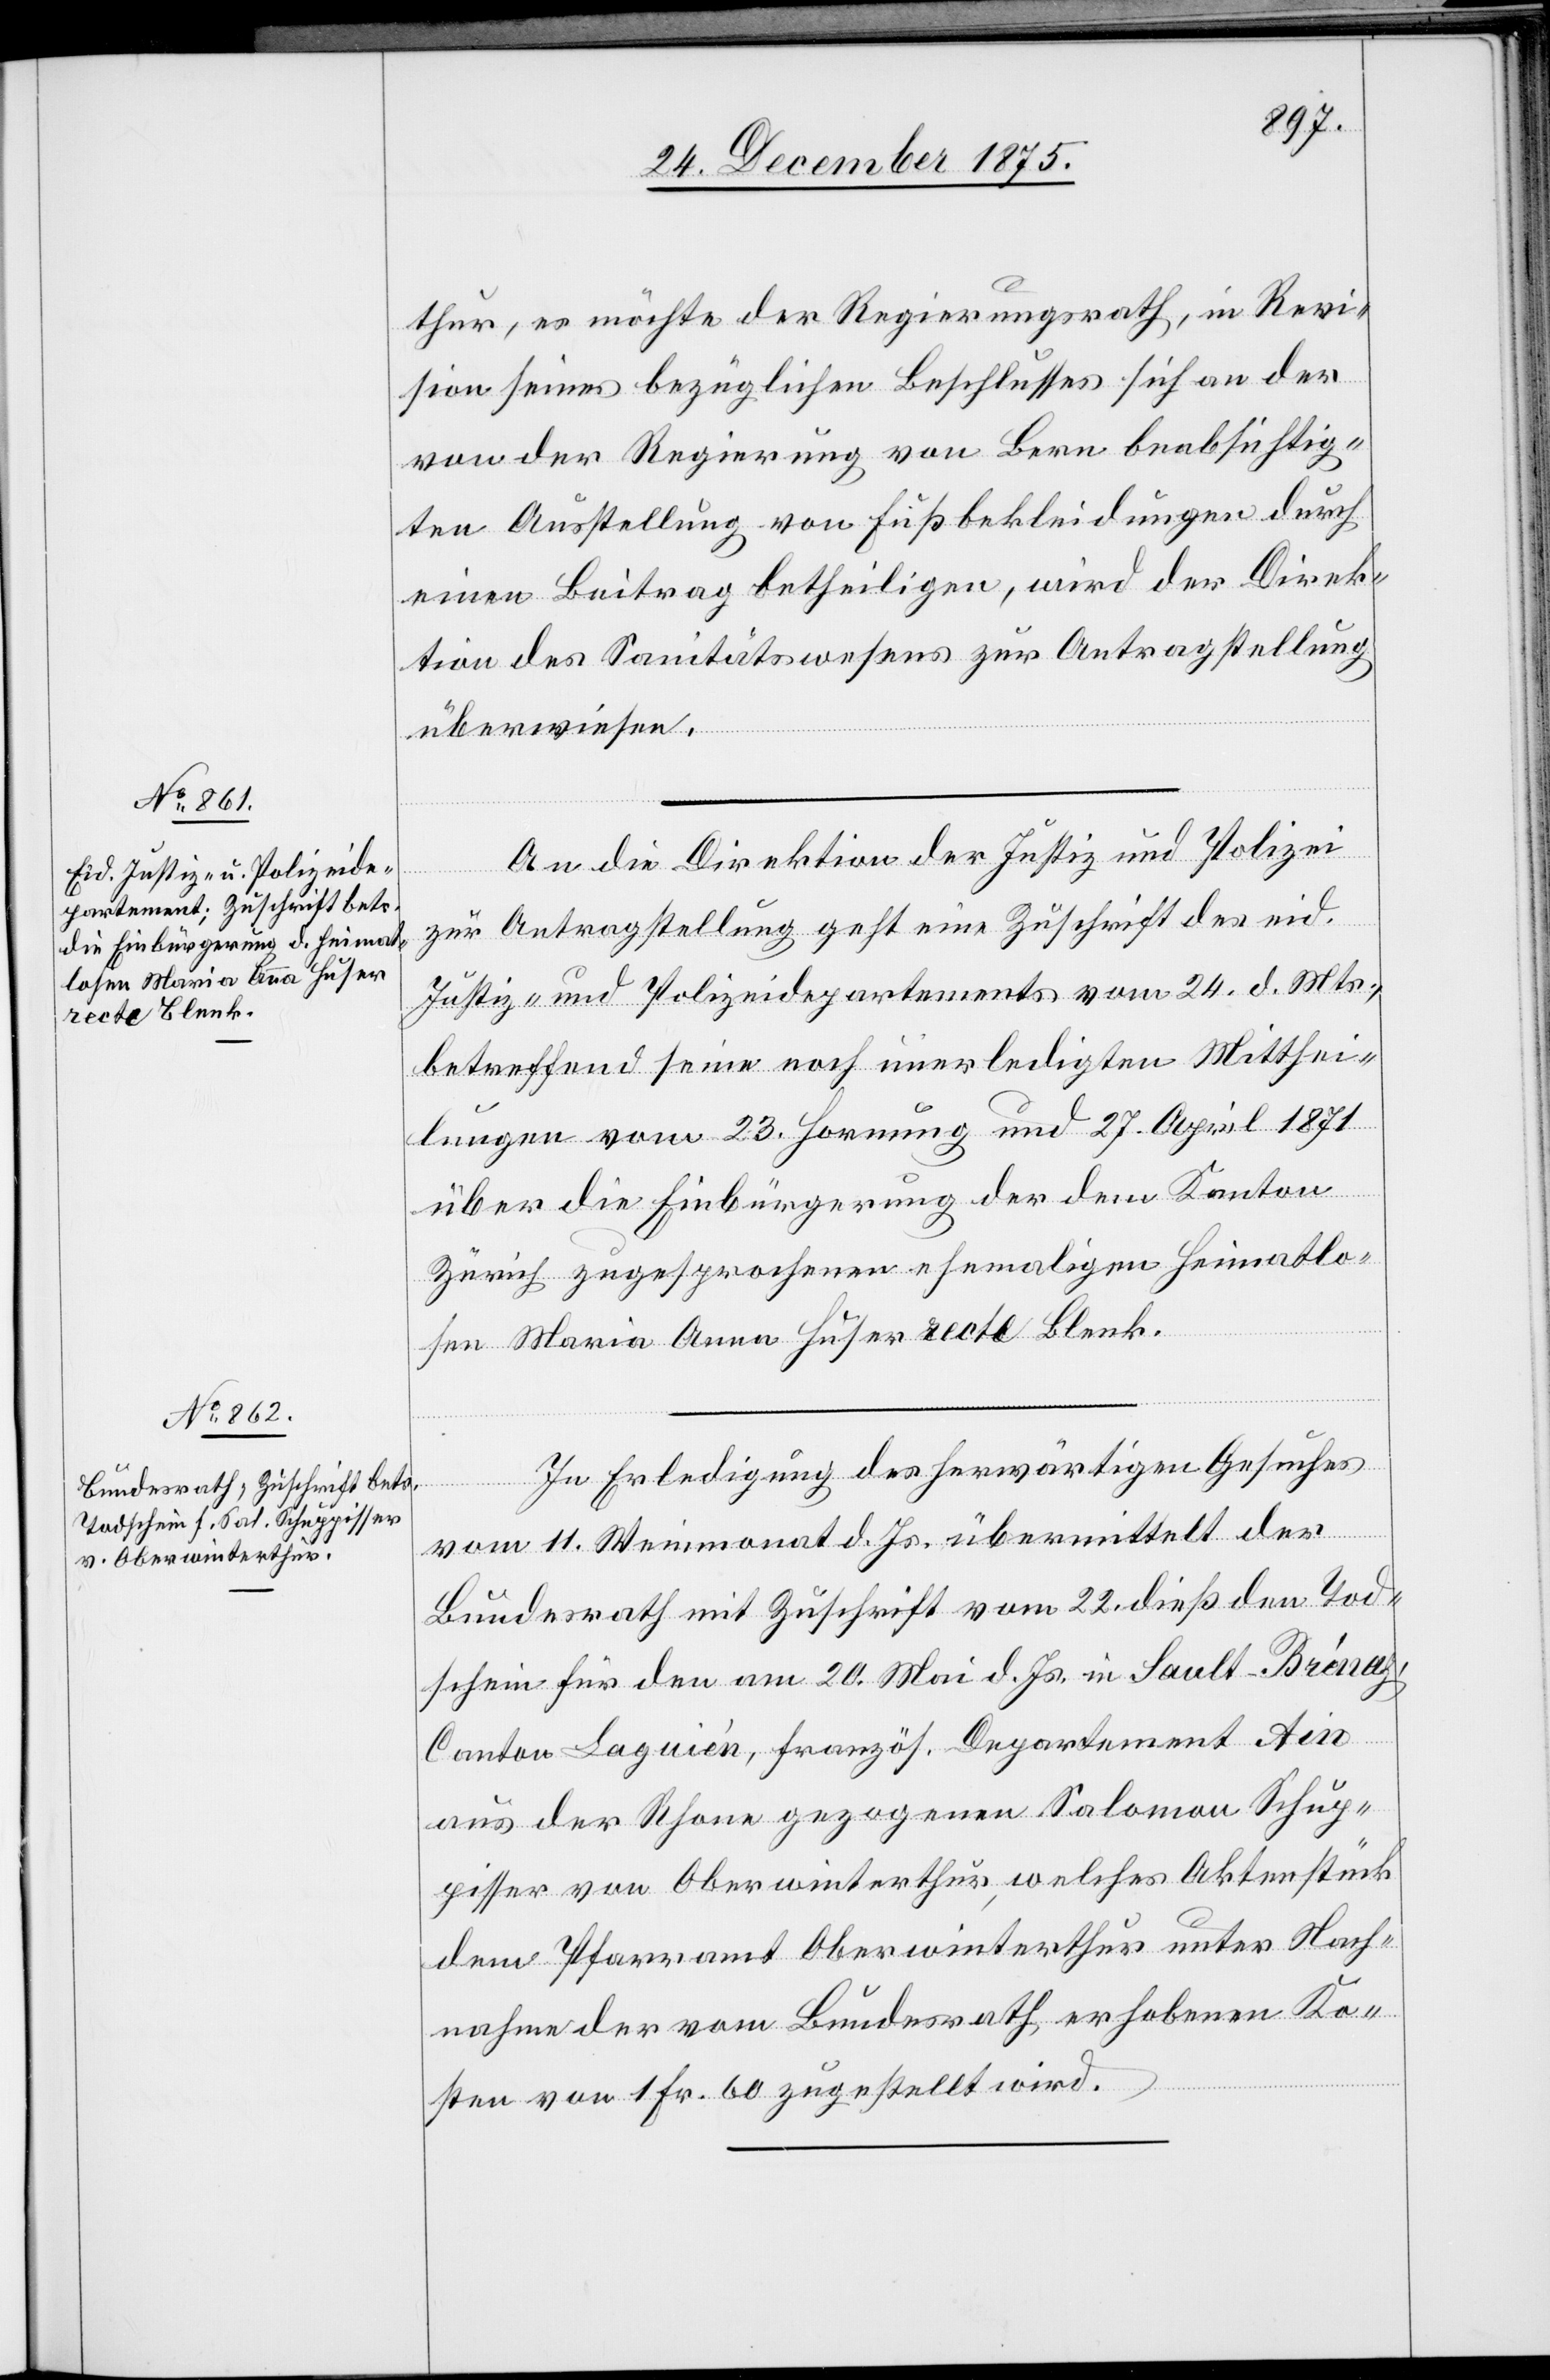
27. December 1875.]
thur, es möchte der Regierungsrath, in Revi¬
sion seines bezüglichen Beschlusses sich an der
von der Regierung von Bern beabsichtig¬
ten Ausstellung von Fußbekleidungen durch
einen Beitrag betheiligen, wird der Direk¬
tion des Sanitätswesens zur Antragstellung
überwiesen.
An die Direktion der Justiz und Polizei
zur Antragstellung geht eine Zuschrift der eid.
Justiz- und Polizeidirektion vom 24. d. Mts.,
betreffend seine noch unerledigten Mitthei¬
lungen vom 23. Hornung und 27. April 1871
über die Einbürgerung der dem Kanton
Zürich zugesprochenen ehemaligen Heimatlo¬
sen Maria Anna Huser recte Blenk.
In Erledigung des herwärtigen Gesuches
vom 11. Wintermonat d. Js. übermittelt der
Bundesrath mit Zuschrift vom 22. dieß den Tod¬
schein für den am 20. Mai d. Js. in Sault-Brénaz,
Canton Laguién, französ. Departement Ain
aus der Rhone gezogenen Salomon Schup¬
pisser von Oberwinterthur, welches Aktenstück
dem Pfarramt Oberwinterthur unter Nach¬
nahme der vom Bundesrath erhobenen Ko¬
sten von 1 Fr. 60 zugestellt wird.